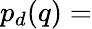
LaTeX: p_{d}(q)=